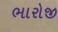
ભારોજી